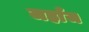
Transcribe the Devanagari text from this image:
जहाँज